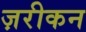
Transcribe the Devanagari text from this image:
ज़रीकन